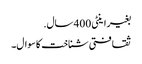
بغیر اینٹی 400 سال.
ثقافتی شناخت کا سوال۔